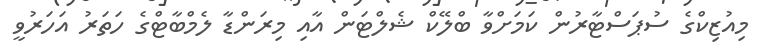
މިއުޒިކްގެ ސުޕަސްޓާރުން ކަމަށްވާ ބްލޭކް ޝެލްޓަން އާއި މިރަންޑާ ލެމްބާޓްގެ ހަތަރު އަހަރުވީ